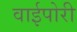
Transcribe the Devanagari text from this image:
वाईपोरी